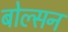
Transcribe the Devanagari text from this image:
बोल्सन